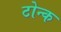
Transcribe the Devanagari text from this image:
टोन्क